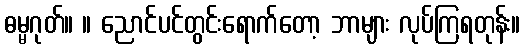
ဓမ္မဂုတ်။ ။ ညောင်ပင်တွင်းရောက်တော့ ဘာများ လုပ်ကြရတုန်း။